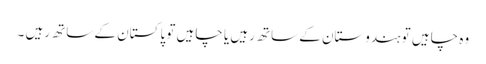
وہ چاہیں تو ہندوستان کے ساتھ رہیں یا چاہیں تو پاکستان کے ساتھ رہیں ۔